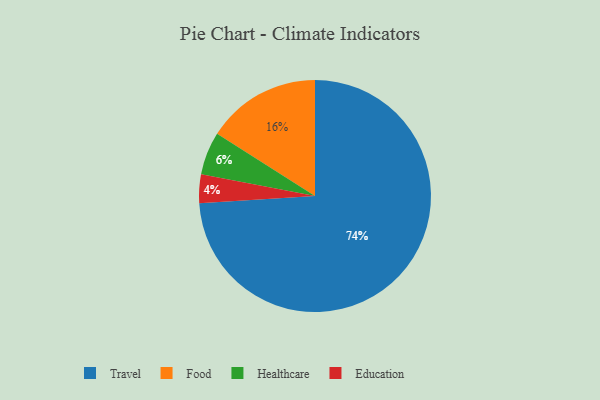
{"axis": {"x": "Category", "y": "Percentage"}, "legend": ["Education", "Food", "Healthcare", "Travel"], "data": [{"x": "Food", "y": 16, "type": "Food"}, {"x": "Healthcare", "y": 6, "type": "Healthcare"}, {"x": "Education", "y": 4, "type": "Education"}, {"x": "Travel", "y": 74, "type": "Travel"}]}